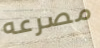
مصرعه